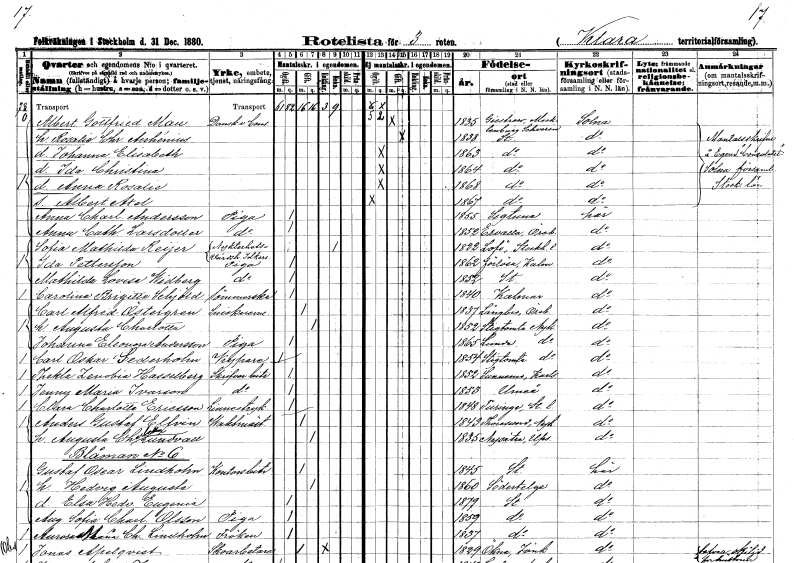
gt_parse: households: individuals: FN: Albert Gottfried
EN: Mau
YRKE: Konsul v. Dansk
KON: M
CIV: G
FODAR: 1835
FN: Rosalie Christina
EN: Auhénius
KON: K
CIV: G
FODAR: 1838
FODFORS: Stockholm
FN: Johanna Elisabeth
KON: K
CIV: O
FODAR: 1863
FODFORS: Stockholm
FN: Ida Christina
KON: K
CIV: O
FODAR: 1864
FODFORS: Stockholm
FN: Anna Rosalie
KON: K
CIV: O
FODAR: 1868
FODFORS: Stockholm
FN: Albert Axel
KON: M
CIV: O
FODAR: 1867
FODFORS: Stockholm
FN: Anna Charlotta
EN: Andersson
YRKE: Piga
KON: K
CIV: O
FODAR: 1855
FODFORS: Sigtuna Stockholms län
FN: Anna Cathrina
EN: Larsdotter
YRKE: Piga
KON: K
CIV: O
FODAR: 1852
FODFORS: Ervalla Örebro län
FN: Sofia Mathilda
EN: Reijer
YRKE: Nykterhetsvärdshusidkare
KON: K
CIV: E
FODAR: 1822
FODFORS: Lovö Stockholms län
FN: Ida
EN: Pettersson
YRKE: Piga
KON: K
CIV: O
FODAR: 1862
FODFORS: Förlösa Kalmar län
FN: Mathilda Lovisa
EN: Widberg
YRKE: Piga
KON: K
CIV: O
FODAR: 1852
FODFORS: Stockholm
FN: Carolina Brigitta
EN: Schjöld
YRKE: Sömmerska
KON: K
CIV: O
FODAR: 1840
FODFORS: Kalmar Kalmar län
FN: Carl Alfred
EN: Östergren
YRKE: Snickaremästare
KON: M
CIV: G
FODAR: 1837
FODFORS: Längbro Örebro län
FN: Augusta Charlotta
KON: K
CIV: G
FODAR: 1852
FODFORS: Stigtomta Södermanlands län
FN: Johanna Eleonora
EN: Andersson
YRKE: Piga
KON: K
CIV: O
FODAR: 1865
FODFORS: Lunda Södermanlands län
FN: Carl Oskar
EN: Sederholm
YRKE: Kypare
KON: M
CIV: O
FODAR: 1854
FODFORS: Stigtomta Södermanlands län
FN: Thekla Zenobia
EN: Hasselberg
YRKE: Skrivbiträde
KON: K
CIV: O
FODAR: 1852
FODFORS: Sunnemo Värmlands län
FN: Jenny Maria
EN: Ivarson
YRKE: Skrivbiträde
KON: K
CIV: O
FODAR: 1853
FODFORS: Umeå Västerbottens län
FN: Clara Charlotta
EN: Ericsson
YRKE: Linnestrykerska
KON: K
CIV: O
FODAR: 1848
FODFORS: Turinge Stockholms län
FN: Anders Gustaf
EN: Elfvin
YRKE: Vaktmästare
KON: M
CIV: G
FODAR: 1843
FODFORS: Toresund Södermanlands län
FN: Augusta Charlotta
EN: Lundvall
KON: K
CIV: G
FODAR: 1835
FODFORS: Nysätra Uppsala län
FN: Gustaf Oscar
EN: Lindholm
YRKE: Kontorsbiträde
KON: M
CIV: G
FODAR: 1845
FODFORS: Stockholm
FN: Hedvig Augusta
KON: K
CIV: G
FODAR: 1860
FODFORS: Södertälje Stockholms län
FN: Elsa Hedvig Eugenia
KON: K
CIV: O
FODAR: 1879
FODFORS: Stockholm
FN: Augusta Sofia Charlotta
EN: Olsson
YRKE: Piga
KON: K
CIV: O
FODAR: 1859
FODFORS: Stockholm
FN: Aurora Maria Charlotta
EN: Lindholm
KON: K
CIV: O
FODAR: 1837
FODFORS: Stockholm
FN: Jonas
EN: Apelqvist
YRKE: Skoarbetare
KON: M
CIV: G
FODAR: 1829
FODFORS: Ökna Jönköpings län